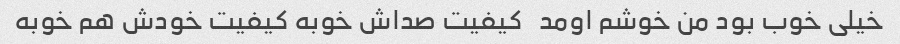
خیلی خوب بود من خوشم اومد   کیفیت صداش خوبه کیفیت خودش هم خوبه